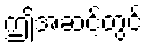
ဤအဆင့်တွင်